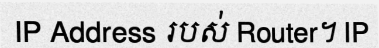
IP Address របស់ Router។ IP